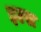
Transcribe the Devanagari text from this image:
इल्स